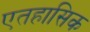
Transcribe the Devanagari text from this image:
एतहासिक